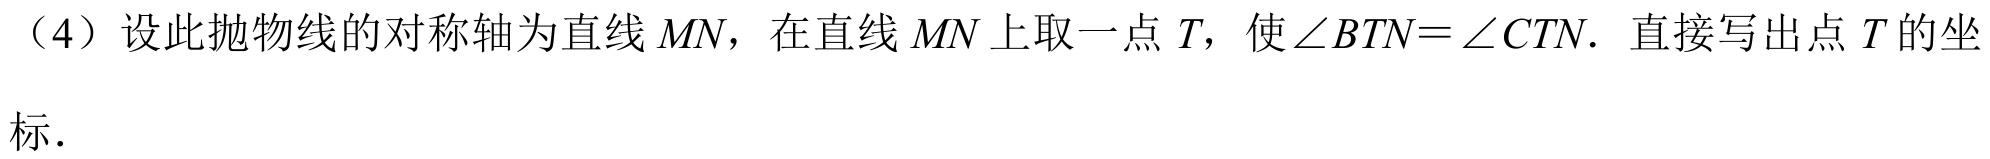
（4）设此抛物线的对称轴为直线\(MN\)，在直线\(MN\)上取一点\(T\)，使\(\angle BTN = \angle CTN\). 直接写出点\(T\)的坐标.